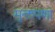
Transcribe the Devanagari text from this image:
मुक्तपणा